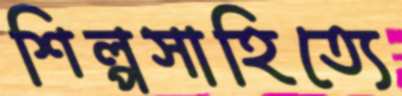
শিল্পসাহিত্যে